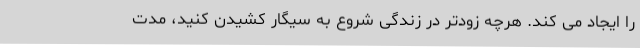
را ایجاد می کند. هرچه زودتر در زندگی شروع به سیگار کشیدن کنید، مدت